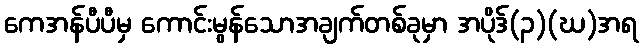
ကေအန်ပီပီမှ ကောင်းမွန်သောအချက်တစ်ခုမှာ အပိုဒ်(၃)(ဃ)အရ